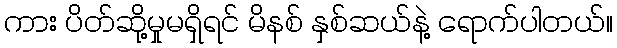
ကား ပိတ်ဆို့မှုမရှိရင် မိနစ် နှစ်ဆယ်နဲ့ ရောက်ပါတယ်။